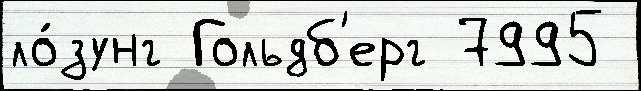
ло́зунг Гольдб'ерг 7995